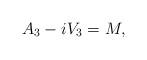
LaTeX: \begin{align*}A_3 - i V_3 = M,\end{align*}